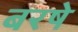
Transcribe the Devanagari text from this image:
बरषे